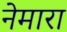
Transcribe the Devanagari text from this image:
नेमारा